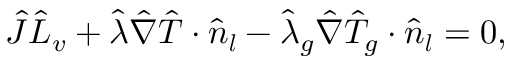
\hat { J } \hat { L } _ { v } + \hat { \lambda } \hat { \nabla } \hat { T } \cdot \boldsymbol { \hat { n } _ { l } } - \hat { \lambda } _ { g } \hat { \nabla } \hat { T } _ { g } \cdot \boldsymbol { \hat { n } _ { l } } = 0 ,